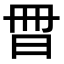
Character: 𣌧